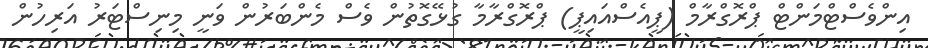
އިންވެސްޓްމަންޓް ޕްރޮގްރާމް (ޕީއެސްއައިޕީ) ޕްރޮގްރާމާ ގުޅޭގޮތުން ވެސް މެންބަރުން ވަނީ މިނިސްޓަރު އަރިހުން